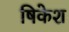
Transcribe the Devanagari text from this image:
षिकेश